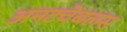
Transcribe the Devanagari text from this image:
अनटचेबलस